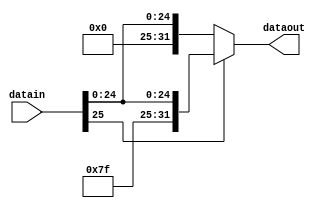
module SE26(datain, dataout);
	
	input[25:0] datain;
	output reg[31:0] dataout;
	
	always@(*)
	begin
		if(datain[25])
			dataout = {{6{1'b1}},datain};
		else
			dataout = {{6{1'b0}},datain};
	end
	
endmodule